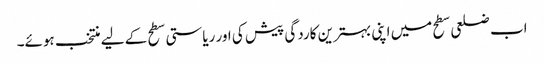
اب ضلعی سطح میں اپنی بہترین کاردگی پیش کی اور ریاستی سطح کے لیے منتخب ہوئے۔